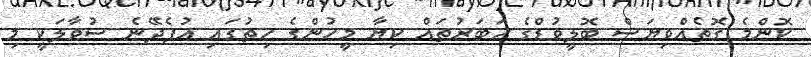
ކޮންމެ ގޮތެއްވިޔަސް ބޮލީވުޑްގެ ޚަބަރުތައް ކިޔާ މީހުންގެ ހިތުގައި އުފެދޭނެ ސުވާލަކީ މި